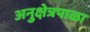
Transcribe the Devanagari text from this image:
अनुक्षेत्रपाळा